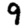
Digit: 9